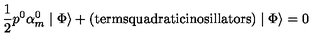
\frac { 1 } { 2 } p ^ { 0 } \alpha _ { m } ^ { 0 } \mid \Phi \rangle + \mathrm { ( t e r m s q u a d r a t i c i n o s i l l a t o r s ) } \mid \Phi \rangle = 0